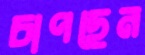
চাপছেন